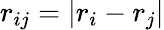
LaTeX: r_{ij}=|r_{i}-r_{j}|